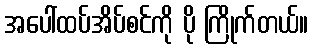
အပေါ်ထပ်အိပ်စင်ကို ပို ကြိုက်တယ်။